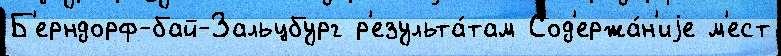
Б'ерндорф-бай-Зальцбург р'езульта́там Сод'ержа́н'иjе м'ест